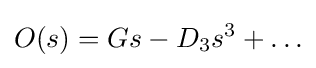
O(s)=Gs-D_{3}s^{3}+\ldots